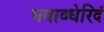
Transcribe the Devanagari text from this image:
भवाब्धेरिदं